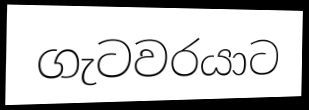
ගැටවරයාට